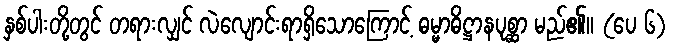
နှစ်ပါးတို့တွင် တရားလျှင် လဲလျောင်းရာရှိသောကြောင့် ဓမ္မာဓိဋ္ဌာနပုစ္ဆာ မည်၏။ (ပေ ၆)